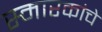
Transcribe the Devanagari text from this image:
स्मारकांचे